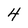
Character: 4